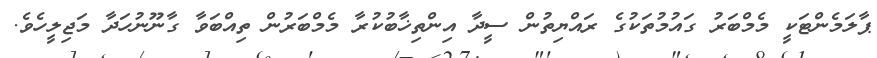
ޕާލަމެންޓަކީ މެމްބަރު ގައުމުތަކުގެ ރައްޔިތުން ސީދާ އިންތިޚާބުކުރާ މެމްބަރުން ތިއްބަވާ ގާނޫނުހަދާ މަޖިލީހެވެ.